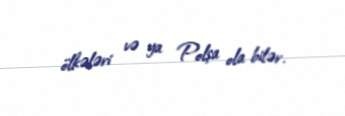
ölkələri və ya Polşa ola bilər.